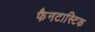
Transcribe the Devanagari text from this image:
फैनटास्टिक